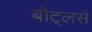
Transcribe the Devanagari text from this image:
बौट्लर्स